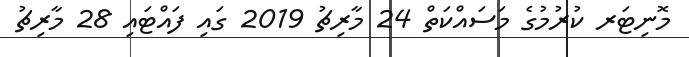
މޮނިޓަރ ކުރުމުގެ މަސައްކަތް 24 މާރިޗު 2019 ގައި ފައްޓައި 28 މާރިޗު